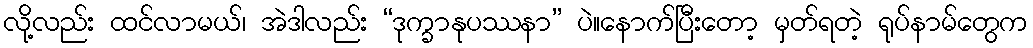
လို့လည်း ထင်လာမယ်၊ အဲဒါလည်း “ဒုက္ခာနုပဿနာ” ပဲ။နောက်ပြီးတော့ မှတ်ရတဲ့ ရုပ်နာမ်တွေက